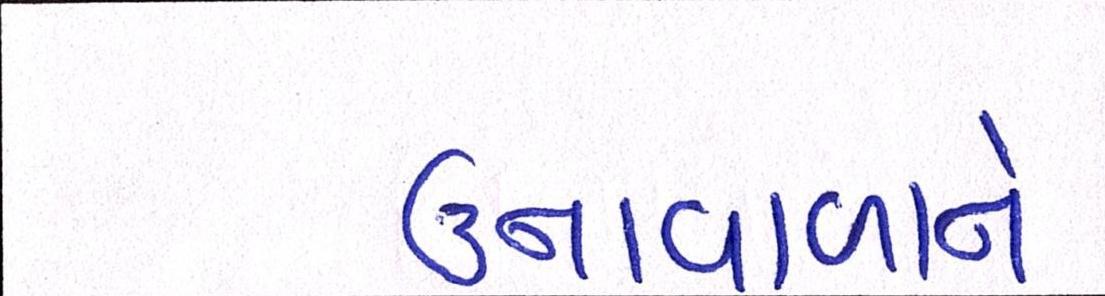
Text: ઉનાવાળાને